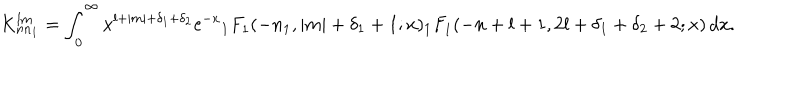
LaTeX: K _ { n n _ { 1 } } ^ { l m } = \int _ { 0 } ^ { \infty } x ^ { l + | m | + \delta _ { 1 } + \delta _ { 2 } } \mathrm { e } ^ { - x } { _ 1 F } _ { 1 } ( - n _ { 1 } , | m | + \delta _ { 1 } + 1 ; x ) { _ 1 F } _ { 1 } ( - n + l + 1 , 2 l + \delta _ { 1 } + \delta _ { 2 } + 2 ; x ) \, d x .